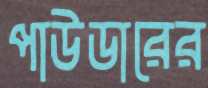
পাউডারের